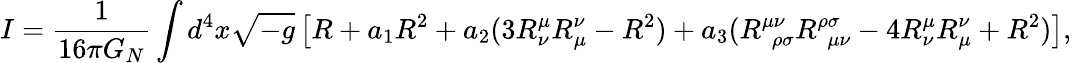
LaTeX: I=\frac{1}{16\pi G_{N}}\int d^{4}x\sqrt{-g}\left[R+a_{1}R^{2}+a_{2}(3R_{\nu}^{\mu}R_{\mu}^{\nu}-R^{2})+a_{3}(R_{\ \ \rho\sigma}^{\mu\nu}R_{\ \ \mu\nu}^{\rho\sigma}-4R_{\nu}^{\mu}R_{\mu}^{\nu}+R^{2})\right],